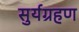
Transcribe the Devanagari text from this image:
सुर्यग्रहण